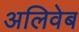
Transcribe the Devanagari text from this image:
अलिवेब